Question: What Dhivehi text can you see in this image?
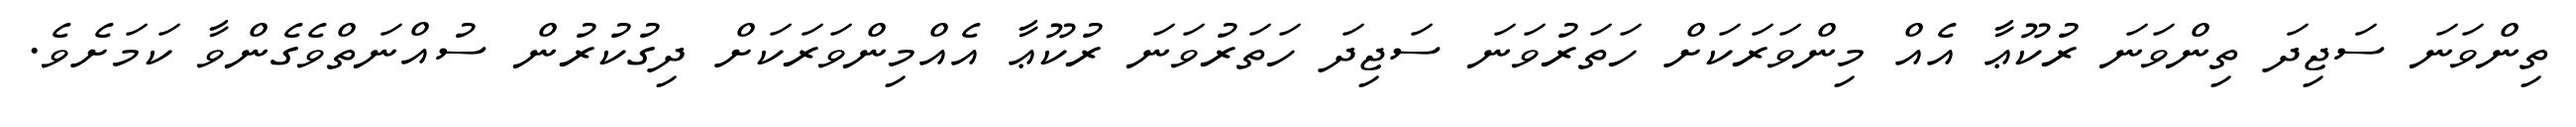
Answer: ތިންވަނަ ސަޖިދަ ތިންވަނަ ރުކޫޢާ އެއް މިންވަރަކަށް ހަތަރުވަނަ ސަޖިދަ ހަތަރުވަނަ ރުކޫޢާ އެއްމިންވަރަކަށް ދިގުކުރުން ސުއްނަތްވެގެންވާ ކަމަށެވެ.